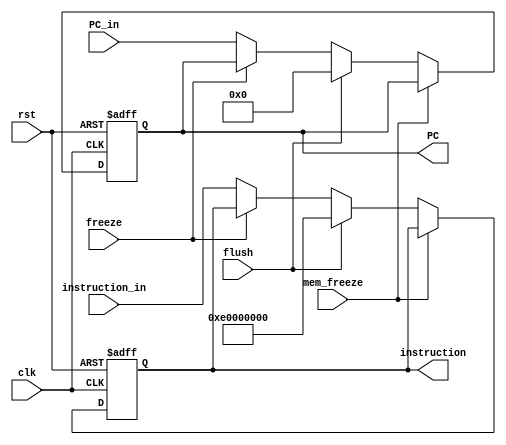
module IF_ID_reg (
  input clk,
	input rst,
	input freeze,
	input flush,
  input [31:0] PC_in,
	input [31:0] instruction_in,
	input mem_freeze,
	
  output reg [31:0] PC,
	output reg [31:0] instruction
);
  always @(posedge clk, posedge rst) begin
		if(rst)
			PC <= 32'd0;
		else if(mem_freeze)
			PC <= PC;
    else if(flush)
    	PC <= 32'd0;
		else if(~freeze)
			PC <= PC_in;
	end
  always @(posedge clk, posedge rst) begin
		if (rst)
			instruction <= 32'hE0000000;
		else if (mem_freeze)
			instruction <= instruction;
    else if(flush)
    	instruction <= 32'hE0000000;
		else if(~freeze)
			instruction <= instruction_in;
	end
endmodule